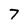
Character: 7